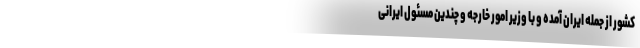
کشور از جمله ایران آمده و با وزیر امور خارجه و چندین مسئول ایرانی